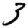
Digit: 3